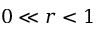
0 \ll r < 1